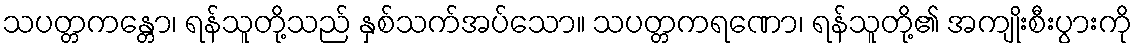
သပတ္တကန္တော၊ ရန်သူတို့သည် နှစ်သက်အပ်သော။ သပတ္တကရဏော၊ ရန်သူတို့၏ အကျိုးစီးပွားကို